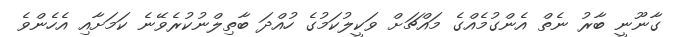
ގާނޫނީ ބާރު ނެތް އެންގުމެއްގެ މައްޗަށް ވަކީލުކަމުގެ ހުއްދަ ބާތިލްނުކުރެވޭނެ ކަމަށާއި އެހެންވެ